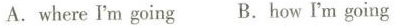
A.where I'm going B.How I'm going